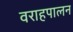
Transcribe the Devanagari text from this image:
वराहपालन